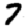
Digit: 7